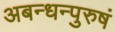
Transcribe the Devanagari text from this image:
अबन्धन्पुरुषं